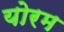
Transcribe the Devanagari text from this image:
योरम